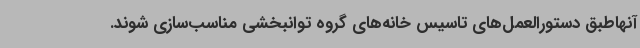
آنهاطبق دستورالعمل‌های تاسیس خانه‌های گروه توانبخشی مناسب‌سازی شوند.